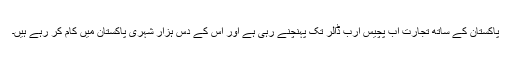
پاکستان کے ساتھ تجارت اب پچیس ارب ڈالر تک پہنچنے رہی ہے اور اس کے دس ہزار شہری پاکستان میں کام کر رہے ہیں۔